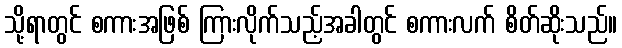
သို့ရာတွင် စကားအဖြစ် ကြားလိုက်သည့်အခါတွင် စကားလက် စိတ်ဆိုးသည်။